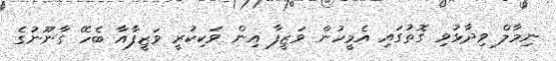
ނިމާލް ވިދާޅުވި ގޮތުގައި އެމީހުން ވަޒީފާ އިން ވަކިކުރީ ވަޒީފާއާ ބެހޭ ގާނޫނުގެ